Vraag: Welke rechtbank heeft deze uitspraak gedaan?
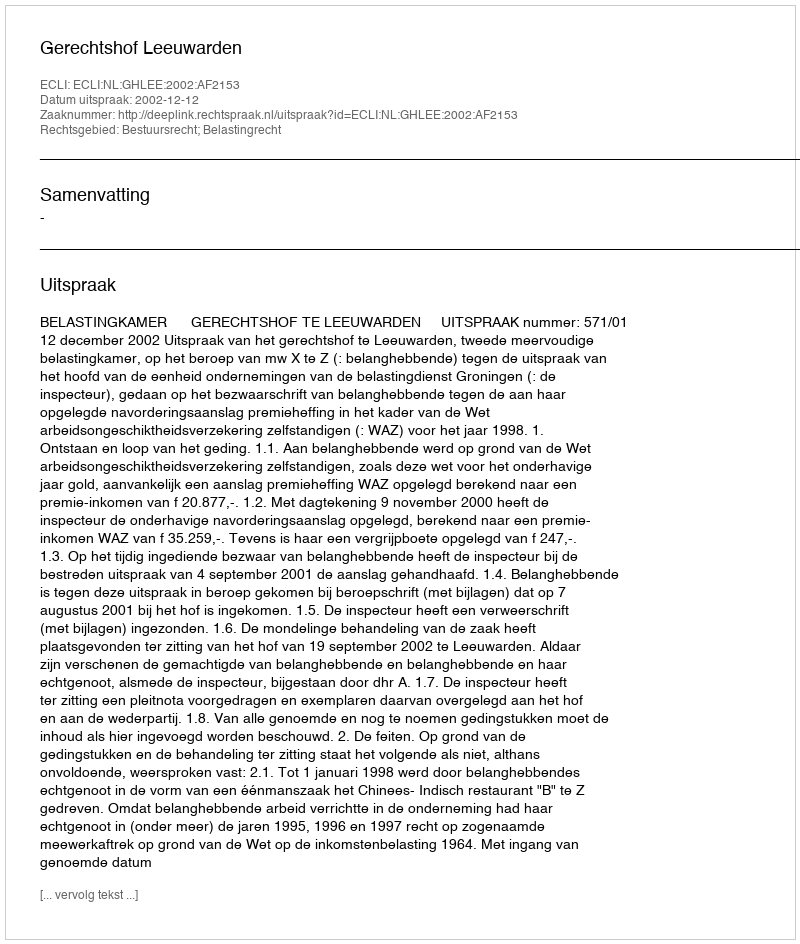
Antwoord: Gerechtshof Leeuwarden